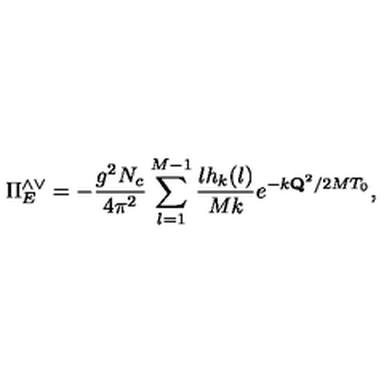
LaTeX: \Pi _ { E } ^ { \wedge \vee } = - { \frac { g ^ { 2 } N _ { c } } { 4 \pi ^ { 2 } } } \sum _ { l = 1 } ^ { M - 1 } { \frac { l h _ { k } ( l ) } { M k } } e ^ { - k { \bf Q } ^ { 2 } / 2 M T _ { 0 } } ,